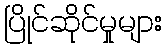
ပြိုင်ဆိုင်မှုများ